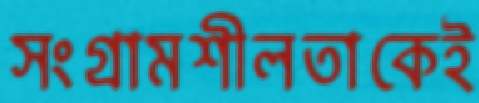
সংগ্রামশীলতাকেই